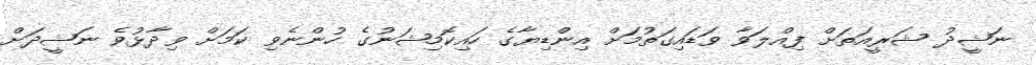
ނަޝީދު ޝަރީއަތަށް ފިއްލަވާ ވަޑައިގަތުމަށް އިންޑިޔާގެ ހައިކޮމިޝަނުގެ ހުންނެވި ކަމަށް ވިދާޅުވެ ނަޝީދަށް